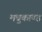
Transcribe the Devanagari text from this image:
मधुकाण्ड